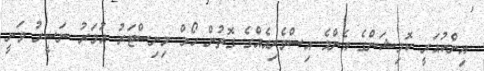
އިންކުއަރީ ކޮމިޝަންގެ އެންމެ އިސްވެރިއެއްގެ ގޮތުން ހޯމް މިނިސްޓަރު އުމަރު ނަސީރު ވަނީ